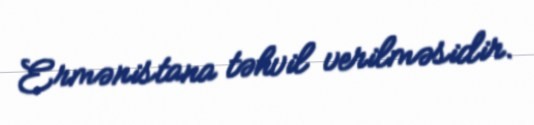
Ermənistana təhvil verilməsidir.